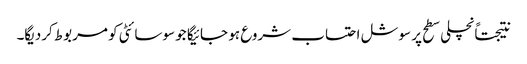
نتیجتاًنچلی سطح پر سوشل احتساب شروع ہو جائیگا جو سوسائٹی کو مربوط کردیگا۔